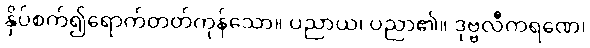
နှိပ်စက်၍ရောက်တတ်ကုန်သော။ ပညာယ၊ ပညာ၏။ ဒုဗ္ဗလီကရဏေ၊